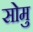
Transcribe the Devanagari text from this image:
सोमु